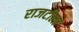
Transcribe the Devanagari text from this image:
राजटीला